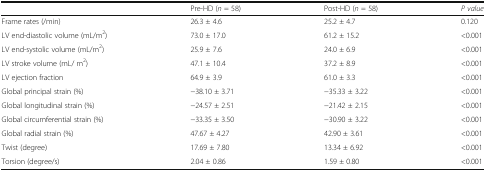
<table><thead><tr><td></td><td><b>Pre-HD (<i>n</i> = 58)</b></td><td><b>Post-HD (<i>n</i> = 58)</b></td><td><b><i>P value</i></b></td></tr></thead><tbody><tr><td>Frame rates (/min)</td><td>26.3 ± 4.6</td><td>25.2 ± 4.7</td><td>0.120</td></tr><tr><td>LV end-diastolic volume (mL/m<sup>2</sup>)</td><td>73.0 ± 17.0</td><td>61.2 ± 15.2</td><td>&lt;0.001</td></tr><tr><td>LV end-systolic volume (mL/m<sup>2</sup>)</td><td>25.9 ± 7.6</td><td>24.0 ± 6.9</td><td>&lt;0.001</td></tr><tr><td>LV stroke volume (mL/ m<sup>2</sup>)</td><td>47.1 ± 10.4</td><td>37.2 ± 8.9</td><td>&lt;0.001</td></tr><tr><td>LV ejection fraction</td><td>64.9 ± 3.9</td><td>61.0 ± 3.3</td><td>&lt;0.001</td></tr><tr><td>Global principal strain (%)</td><td>−38.10 ± 3.71</td><td>−35.33 ± 3.22</td><td>&lt;0.001</td></tr><tr><td>Global longitudinal strain (%)</td><td>−24.57 ± 2.51</td><td>−21.42 ± 2.15</td><td>&lt;0.001</td></tr><tr><td>Global circumferential strain (%)</td><td>−33.35 ± 3.50</td><td>−30.90 ± 3.22</td><td>&lt;0.001</td></tr><tr><td>Global radial strain (%)</td><td>47.67 ± 4.27</td><td>42.90 ± 3.61</td><td>&lt;0.001</td></tr><tr><td>Twist (degree)</td><td>17.69 ± 7.80</td><td>13.34 ± 6.92</td><td>&lt;0.001</td></tr><tr><td>Torsion (degree/s)</td><td>2.04 ± 0.86</td><td>1.59 ± 0.80</td><td>&lt;0.001</td></tr></tbody></table>